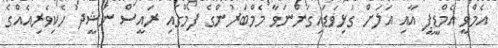
އެމްވީ އެމްޑީޕީ އާއި އަލަށް ގުޅިވަޑައިގަންނަވާ މެމްބަރުންގެ ފޯމްގައި ރައީސް ނަޝީދު ހެކިވެރިއެއްގެ